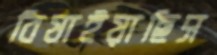
বিষাইয়াছিস